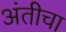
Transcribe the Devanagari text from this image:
अंतीचा